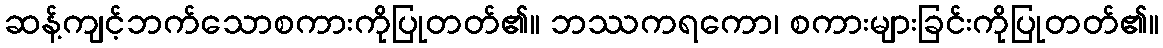
ဆန့်ကျင့်ဘက်သောစကားကိုပြုတတ်၏။ ဘဿကရကော၊ စကားများခြင်းကိုပြုတတ်၏။